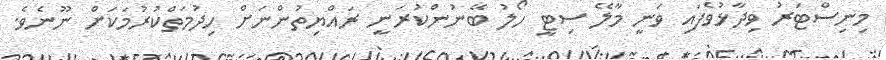
މިނިސްޓަރު ވިދާޅުވެފައި ވަނީ މާލޭ ސިޓީ ހޯލު ބޭނުންކުރަނީ ރައްޔިތުންނަށް ހިދުމަތްކުރުމަކަށް ނޫނެވެ.